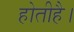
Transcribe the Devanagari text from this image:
होतीहै।